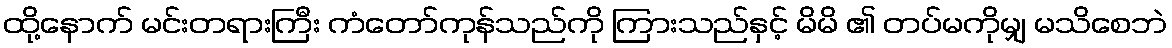
ထို့နောက် မင်းတရားကြီး ကံတော်ကုန်သည်ကို ကြားသည်နှင့် မိမိ ၏ တပ်မကိုမျှ မသိစေဘဲ